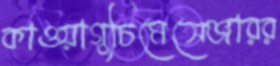
কাওয়াগুচিমেসেঞ্জারর